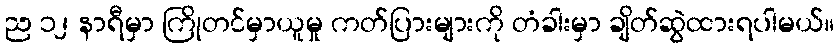
ည ၁၂ နာရီမှာ ကြိုတင်မှာယူမှု ကတ်ပြားများကို တံခါးမှာ ချိတ်ဆွဲထားရပါမယ်။